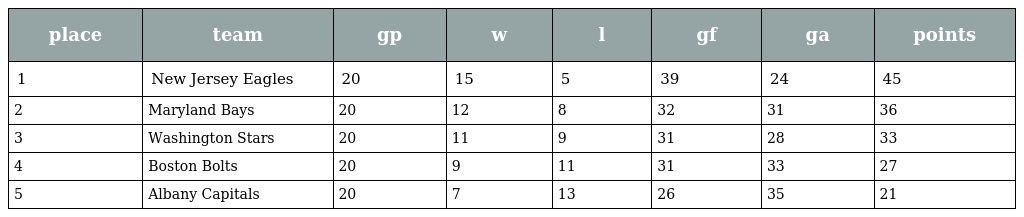
| place | team | gp | w | l | gf | ga | points |
 | --- | --- | --- | --- | --- | --- | --- | --- |
 | 1 | New Jersey Eagles | 20 | 15 | 5 | 39 | 24 | 45 |
 | 2 | Maryland Bays | 20 | 12 | 8 | 32 | 31 | 36 |
 | 3 | Washington Stars | 20 | 11 | 9 | 31 | 28 | 33 |
 | 4 | Boston Bolts | 20 | 9 | 11 | 31 | 33 | 27 |
 | 5 | Albany Capitals | 20 | 7 | 13 | 26 | 35 | 21 |